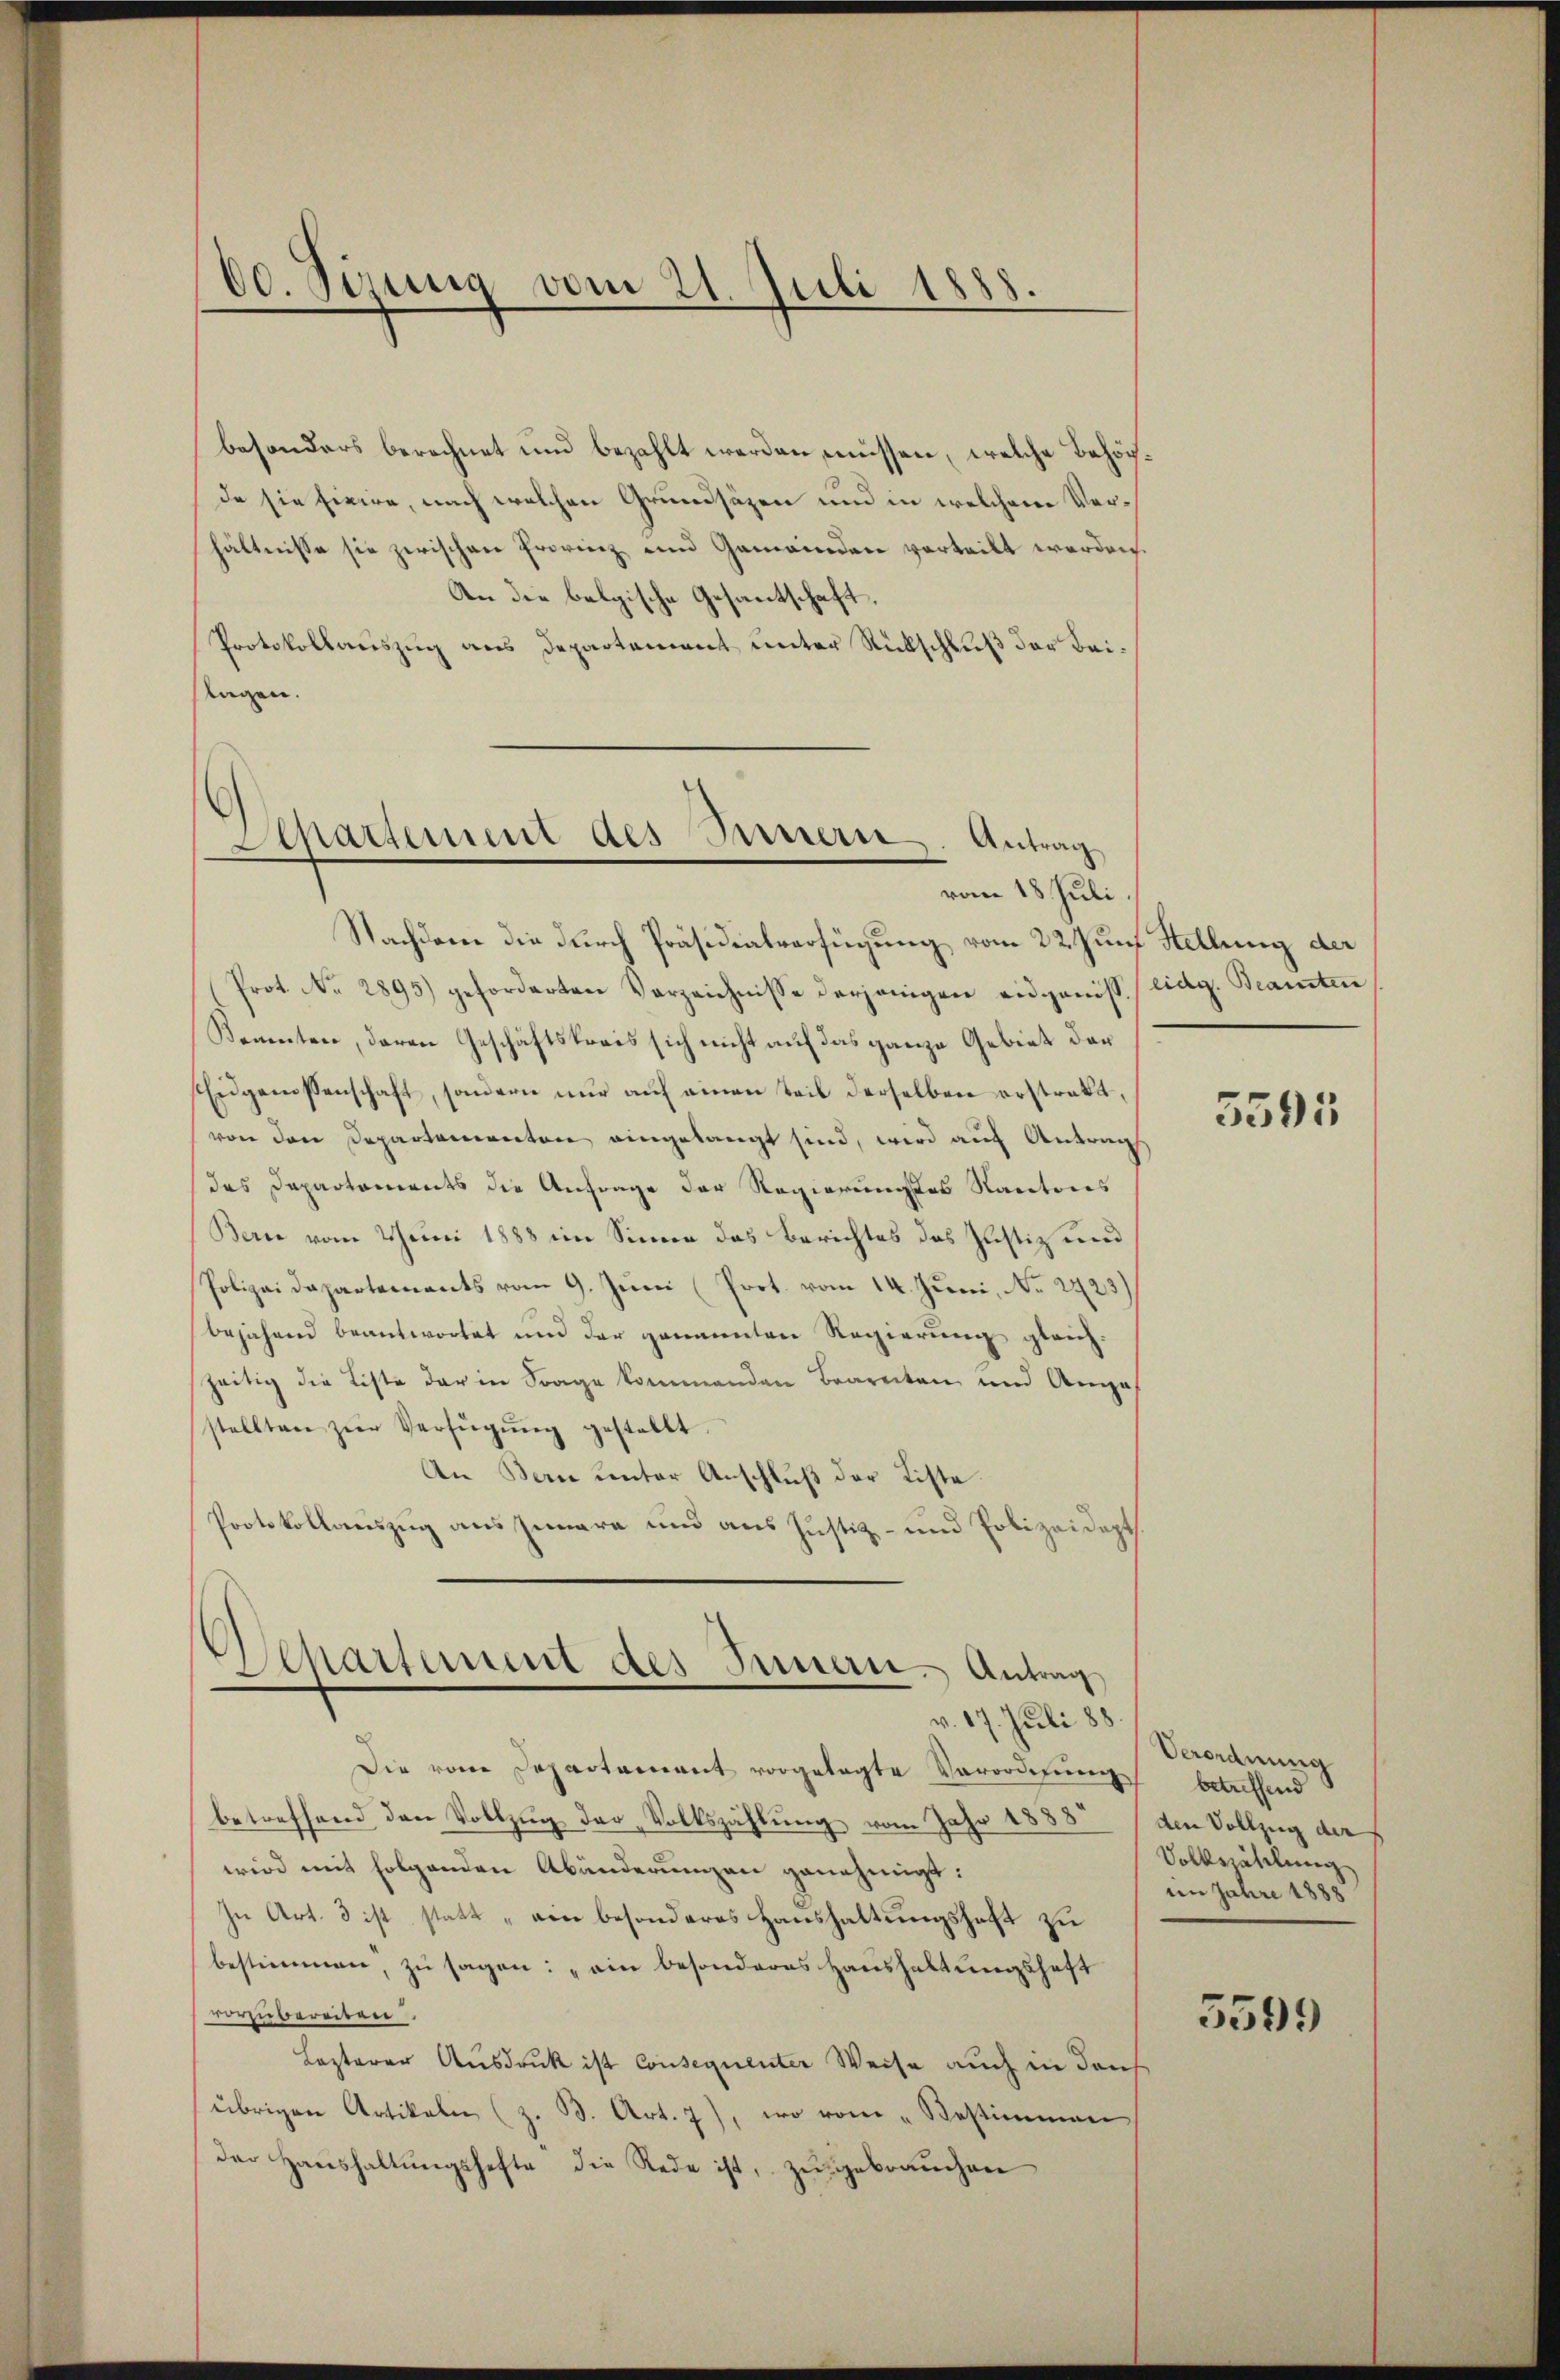
60. Sizung vom 21. Juli 1888.

besonders berechnet und bezahlt werden müssen, welche Behörda sie fixire, nach welchen Grundsäzen und in welchem Verhältnisse sie zwischen Provinz und Gemeinden vorteilt werden.
An die belgische Gesantschaft,
Protokollauszug aus Departement unter Rückschluß der Beitagen.

Departement des Innern, Antrag
vom 18. Juli.

Nachdene die durch Präsidialverfügung vom 22. Juni Stellung der
Prot. No 2895) geforderten Verzeichnisse derjenigen eidgenöss.) eidg. Beamten
Konnten, deren Geschäftskreis sich nicht auf das ganze Gebiet der
Eidgenossenschaft, sondern nŭr aŭf einen Teil derselben erstrakt,
von den Departementen eingelangt sind, wird auf Antrag
das Departements die Anfrage der Regierunges Kantons
Barie vom Juni 1888 im Sinne das Berichtes das Justiz und
Polizeidepartements vom 9. Juni (Prot. vom 14. Juni, No. 2423)
bejahend beantwortet und der genannten Regierung gleichzeitig die Liste der in Frage kommenden Baarenten und Anges
stellten zur Verfügŭng gestellt.
An Bern unter Anschluß der Liste
Protokollauszug aus Innere und aus Justiz- und Polizeidept.

Departement des Sinnern. Antrag,
.
v. 17. Juli 188

Die vom Departament vorgelegte Verordnung betreffend
betreffend den Vollzug der „Volkszählung vom Jahr 1833 / den Vollzug der
wird mit folgenden Abänderungen genehmigt:
In Art. 3 ist statt „ein besonderes Haushaltungshaft zu
bestimmen, zu sagen: „ein besonderes Haŭshaltŭngshaft
rzubereiten.
Lezterer Ausdruck ist Consequenter Weise auch in deich
übrigen Artikalen (z. B. Art. 7), wo vom „Bestimmen
der Hanshaltŭngshafte die Rede ist, zu gebrauchen

5595

Verordnung
Vollzählung
im Jahre 1888

5599